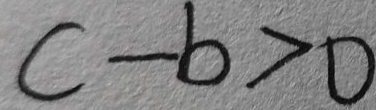
c - b > 0